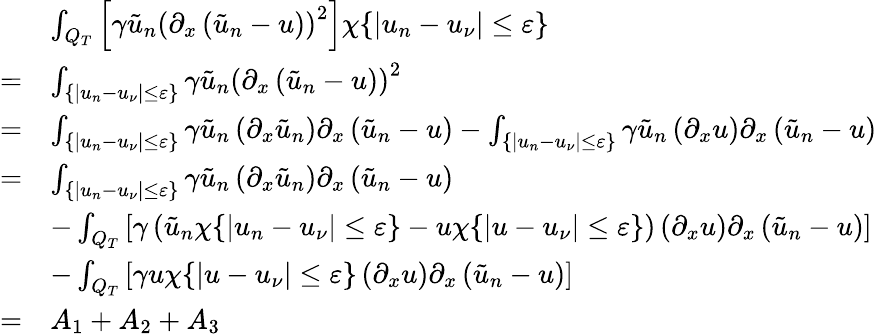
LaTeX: \begin{array}{rl}&{\int_{Q_{T}}\left[\gamma\tilde{u}_{n}\left(\partial_{x}\left(\tilde{u}_{n}-u\right)\right)^{2}\right]\chi\{ |u_{n}-u_{\nu}|\leq\varepsilon\} }\\ {=}&{\int_{\{ |u_{n}-u_{\nu}|\leq\varepsilon\} }\gamma\tilde{u}_{n}\left(\partial_{x}\left(\tilde{u}_{n}-u\right)\right)^{2}}\\ {=}&{\int_{\{ |u_{n}-u_{\nu}|\leq\varepsilon\} }\gamma\tilde{u}_{n}\left(\partial_{x}\tilde{u}_{n}\right)\partial_{x}\left(\tilde{u}_{n}-u\right)-\int_{\{ |u_{n}-u_{\nu}|\leq\varepsilon\} }\gamma\tilde{u}_{n}\left(\partial_{x}u\right)\partial_{x}\left(\tilde{u}_{n}-u\right)}\\ {=}&{\int_{\{ |u_{n}-u_{\nu}|\leq\varepsilon\} }\gamma\tilde{u}_{n}\left(\partial_{x}\tilde{u}_{n}\right)\partial_{x}\left(\tilde{u}_{n}-u\right)}\\ &{-\int_{Q_{T}}\left[\gamma\left(\tilde{u}_{n}\chi\{ |u_{n}-u_{\nu}|\leq\varepsilon\} -u\chi\{ |u-u_{\nu}|\leq\varepsilon\} \right)\left(\partial_{x}u\right)\partial_{x}\left(\tilde{u}_{n}-u\right)\right]}\\ &{-\int_{Q_{T}}\left[\gamma u\chi\{ |u-u_{\nu}|\leq\varepsilon\} \left(\partial_{x}u\right)\partial_{x}\left(\tilde{u}_{n}-u\right)\right]}\\ {=}&{A_{1}+A_{2}+A_{3}}\end{array}